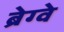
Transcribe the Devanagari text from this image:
ब्रेग्वे